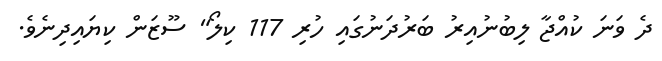
ދެ ވަނަ ކުއްޖާ ލިބުނުއިރު ބަރުދަނުގައި ހުރި 117 ކިލޯ" ސޫޒަން ކިޔައިދިނެވެ.